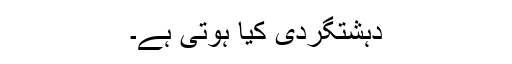
دہشتگردی کیا ہوتی ہے۔